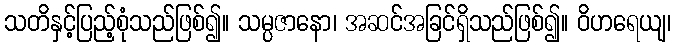
သတိနှင့်ပြည့်စုံသည်ဖြစ်၍။ သမ္ပဇာနော၊ အဆင်အခြင်ရှိသည်ဖြစ်၍။ ဝိဟရေယျ၊